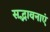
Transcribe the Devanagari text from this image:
सद्भावनाएं